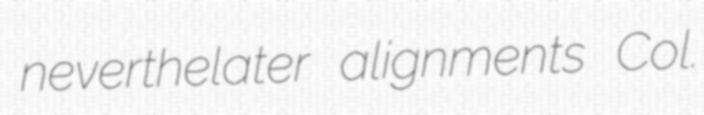
neverthelater alignments Col.